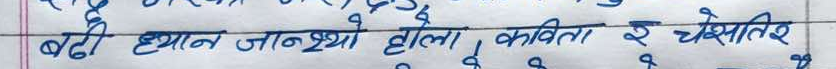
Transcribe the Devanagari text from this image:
बढी ध्यान जान्थ्यो होला कविता र व्यक्तिश